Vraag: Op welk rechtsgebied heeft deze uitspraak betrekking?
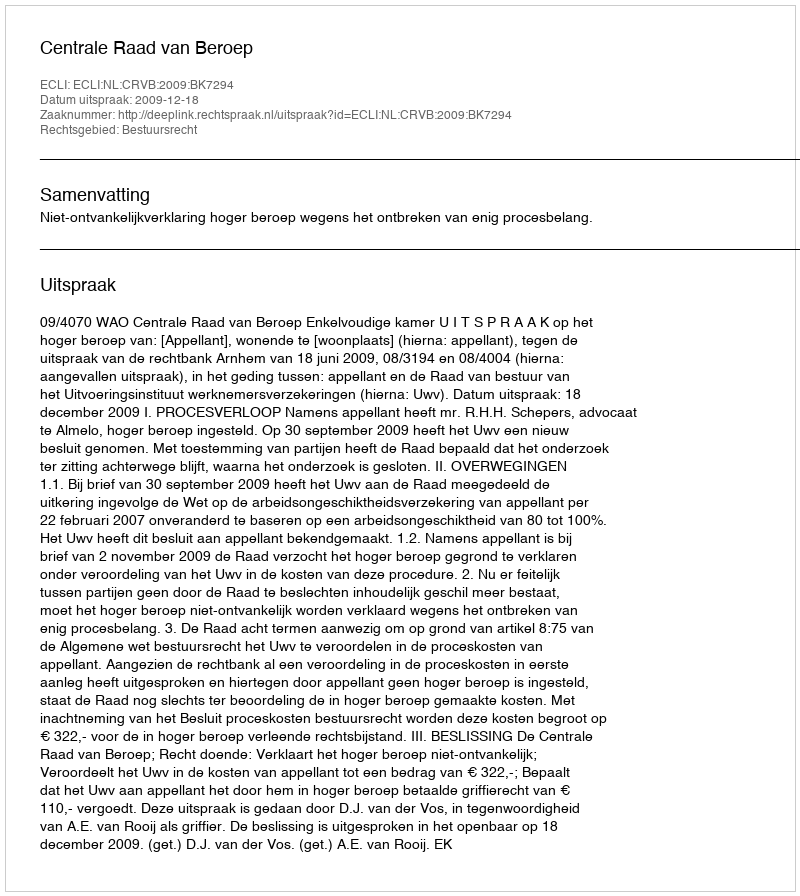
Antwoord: Bestuursrecht